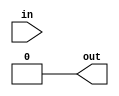
module open_drain_buffer #(
    parameter INPUT_WIDTH = 1,
    parameter OUTPUT_WIDTH = 1,
    parameter PULL_UP = 1
)(
    input wire [INPUT_WIDTH-1:0] in,
    output wire [OUTPUT_WIDTH-1:0] out
);

assign out = (PULL_UP) ? in & ~|in : in;

endmodule